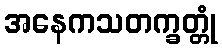
အနေကသတက္ခတ္တုံ